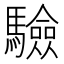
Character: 驗